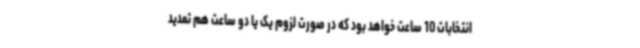
انتخابات 10 ساعت خواهد بود که در صورت لزوم یک یا دو ساعت هم تمدید